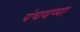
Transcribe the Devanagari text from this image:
पंचयप्पा